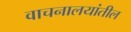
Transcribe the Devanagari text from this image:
वाचनालयांतील